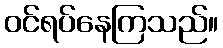
ဝင်ရပ်နေကြသည်။